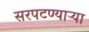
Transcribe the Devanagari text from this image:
सरपटण्याऱ्या